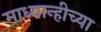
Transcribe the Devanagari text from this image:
माध्यान्हीच्या